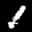
Label: 1